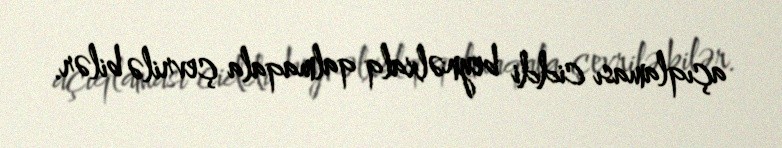
açıqlaması ciddi beynəlxalq qalmaqala çevrilə bilər.